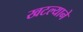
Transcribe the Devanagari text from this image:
खटल्याने